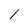
Character: 1